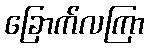
ခြောက်လကြာ